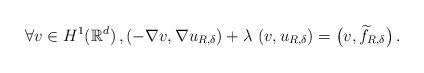
LaTeX: \begin{align*} \forall v\in H^1(\mathbb R^d) \,, \left(-\nabla v,\nabla u_{R,\delta}\right) + \lambda\,\left(v,u_{R,\delta}\right) = \big(v,\widetilde f_{R,\delta}\big) \,.\end{align*}